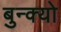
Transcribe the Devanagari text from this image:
बुन्क्यो